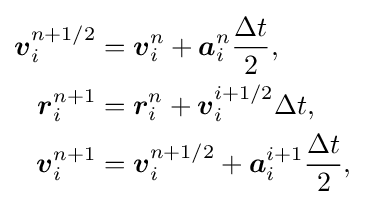
{\begin{aligned}{\boldsymbol {v}}_{i}^{n+1/2}&={\boldsymbol {v}}_{i}^{n}+{\boldsymbol {a}}_{i}^{n}{\frac {\Delta t}{2}},\\{\boldsymbol {r}}_{i}^{n+1}&={\boldsymbol {r}}_{i}^{n}+{\boldsymbol {v}}_{i}^{i+1/2}\Delta t,\\{\boldsymbol {v}}_{i}^{n+1}&={\boldsymbol {v}}_{i}^{n+1/2}+{\boldsymbol {a}}_{i}^{i+1}{\frac {\Delta t}{2}},\end{aligned}}